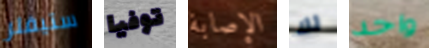
ستيفلر توفيا الإصابة لك واحد